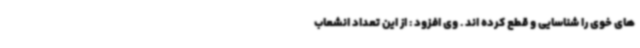
های خوی را شناسایی و قطع کرده اند . وی افزود : از این تعداد انشعاب